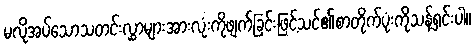
မလိုအပ်သောသတင်းလွှာများအားလုံးကိုဖျက်ခြင်းဖြင့်သင်၏စာတိုက်ပုံးကိုသန့်ရှင်းပါ။